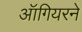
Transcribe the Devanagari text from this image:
ऑगियरने